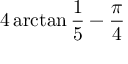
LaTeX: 4 \arctan { \frac { 1 } { 5 } } - { \frac { \pi } { 4 } }